Vaccination report Assam 1896-1927 - 1896-1927
Year: 1896
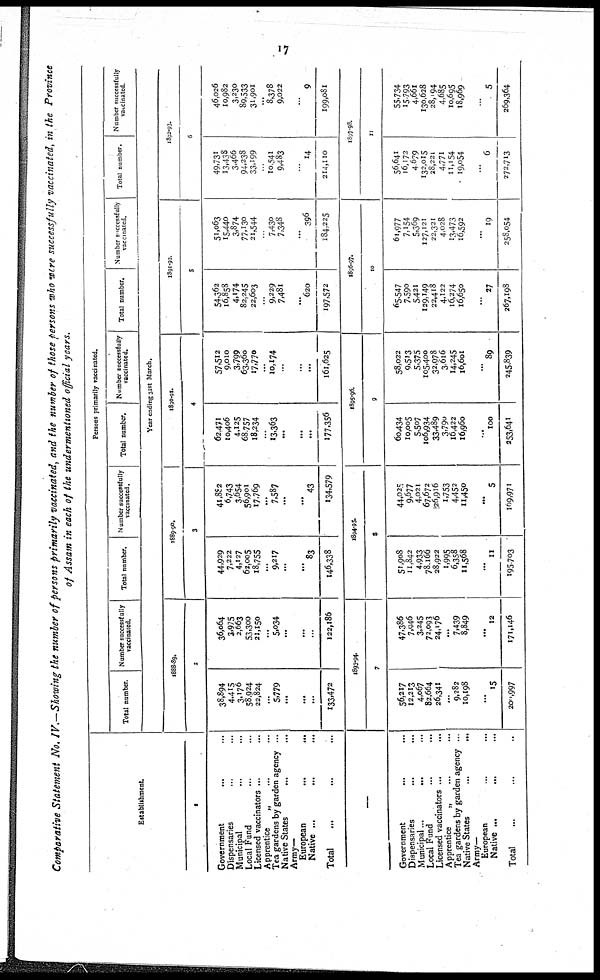
17
Comparative Statement No. IV.—Showing the number of persons primarily vaccinated, and the number of those persons who were successfully vaccinated, in the Province
of Assam in each of the undermentioned official years.
Establishment
1
Government ... ...
Dispensaries ... ...
Municipal ... ...
Local Fund ... ...
Licensed vaccinators ... ...
Apprentice
„ ... ...
Tea gardens by garden agency ...
Native States ... ...
Army-
European ... ... ...
Native ... ... ...
Total ... ...
—
Government ... ...
Dispensaries ... ...
Municipal
...
...
Local Fund ... ...
Licensed vaccinators ... ...
Apprentice
„ ... ...
Tea gardens by garden agency ...
Native States ... ...
Army—
European ... ...
Native ... ... ...
Total ... ...
Persons primarily vacctinated.
Total number.
Number successfully
vaccinated.
Total number.
Number successfully
vaccinated.
Total number.
Number successfully
vaccinated.
Total number.
Number successfully
vaccinated.
Total number.
Number successfully
vaccinated.
Year ending 31st March.
1888-89.
2
38,894
4,415
3,176
58,924
22,824
...
5,779
...
...
...
133,472
36,064
3,975
2,663
53,300
21,150
...
5,034
...
...
...
122,186
1893-94.
7
56,217
12,213
4,067
82,664
26,341
...
9,282
10,198
...
15
200,997
47,386
7,946
3,245
72,093
24,176
...
7,439
8,849
...
12
171,146
1889-90.
3
44,929
7,222
4,127
62,005
18,755
...
9,217
...
...
83
146,338
41,882
6,743
3,654
56,901
17,769
...
7,587
...
...
43
134,579
1894-95.
8
51,908
11,842
4,933
78,166
28,922
1,995
6,358
11,568
...
11
195,703
44,025
9,677
4,021
67,672
26,916
1,753
4,452
11,450
...
5
109,971
1890-91.
4
62,471
10,406
4,125
68,757
18,234
...
13,363
...
...
...
177,356
57,512
9,010
3,799
63,360
17,770
...
10,174
...
...
...
161,625
1895-96.
9
60,434
10,005
5,507
106,934
33,489
3,790
16,422
16,960
...
100
253,641
58,022
9,513
5,375
105,400
32,978
3,616
14,245
16,601
...
89
245,839
1891-92.
5
54,362
16,858
4,174
82,245
22,603
...
9,229
7,481
...
620
197,572
51,063
15,440
3,874
77,130
21,544
...
7,430
7,348
...
396
184,225
1896-97.
10
65,547
7,590
5,421
129,149
22,418
4,122
16,274
16,650
...
27
267,198
61,977
7,154
5,369
127,121
22,321
4,028
13,473
16,592
...
19
258,054
1892-93.
6
49,731
13,438
3,466
94,238
33,199
...
10,541
9,483
...
14
214,110
46,026
10,982
3,230
89,533
31,901
...
8,378
9,022
...
9
199,081
1897-98.
11
56,641
16,172
4,679
132,015
28,221
4,771
11,154
19,054
...
6
272,713
55,734
15,793
4,661
130,628
28,194
4,685
10,695
18,969
...
5
269,364